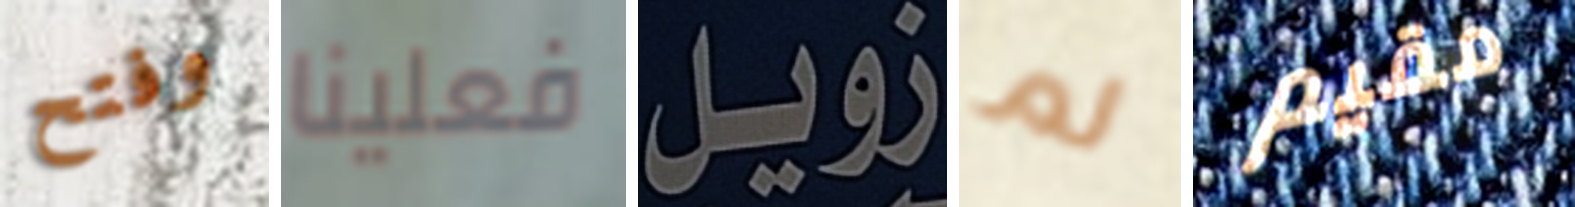
وفتح فعلينا زويل لم مقيم